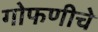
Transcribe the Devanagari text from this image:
गोफणीचे